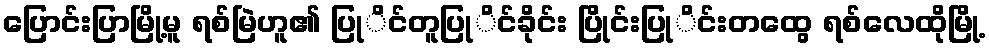
ပြောင်းပြာမြို့မူ ရစ်မြဲဟူ၏ ပြုိင်တူပြုိင်ခိုင်း ပြိုင်းပြုိင်းတထွေ ရစ်လေထိုမြို့